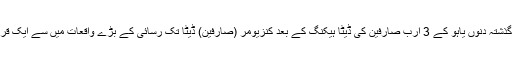
اس ڈیٹا لیک کو گذشتہ دنوں یاہو کے 3 ارب صارفین کی ڈیٹا ہیکنگ کے بعد کنزیومر (صارفین) ڈیٹا تک رسائی کے بڑے واقعات میں سے ایک قرار دیا جارہا ہے۔